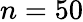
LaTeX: n=50